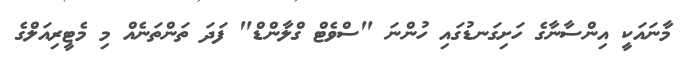
މާނައަކީ އިންސާނާގެ ހަށިގަނޑުގައި ހުންނަ "ސްވެޓް ގްލާންޑް" ފަދަ ތަންތަނެއް މި މެޓީރިއަލްގެ